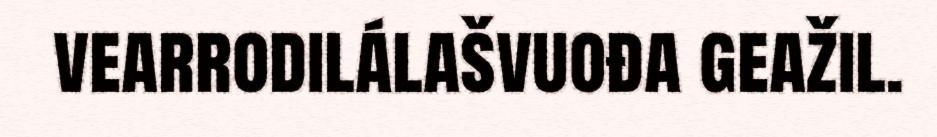
vearrodilálašvuođa geažil.